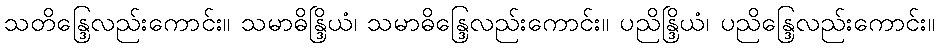
သတိန္ဒြေလည်းကောင်း။ သမာဓိန္ဒြိယံ၊ သမာဓိန္ဒြေလည်းကောင်း။ ပညိန္ဒြိယံ၊ ပညိန္ဒြေလည်းကောင်း။